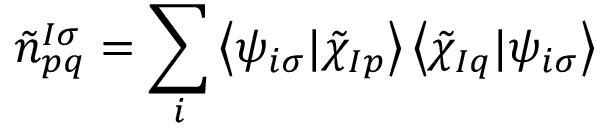
{ \tilde { n } } _ { p q } ^ { I \sigma } = \sum _ { i } \left< \psi _ { i \sigma } | \tilde { \chi } _ { I p } \right> \left< \tilde { \chi } _ { I q } | \psi _ { i \sigma } \right>